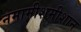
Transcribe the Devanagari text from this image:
नमामीशमीशान